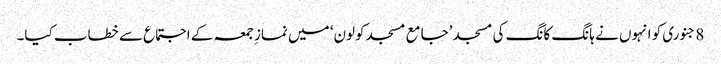
8 جنوری کو انہوں نے ہانگ کانگ کی مسجد ’جامع مسجد کولون‘ میں نمازِ جمعہ کے اجتماع سے خطاب کیا۔